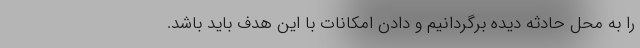
را به محل حادثه دیده برگردانیم و دادن امکانات با این هدف باید باشد.